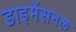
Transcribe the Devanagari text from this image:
डाइमेंसनल